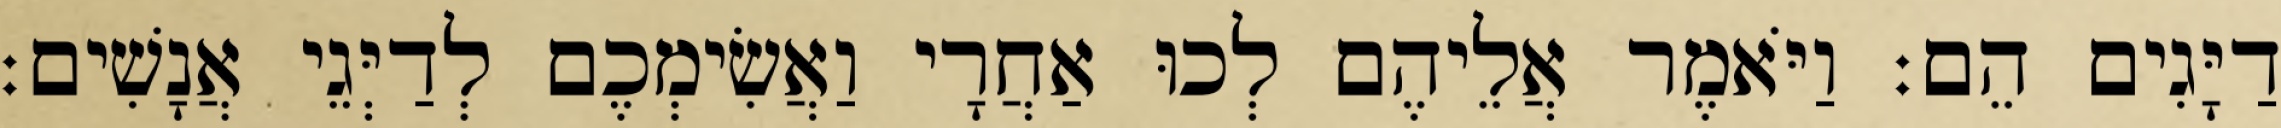
דַיָּגִים הֵם׃ וַיֹּאמֶר אֲלֵיהֶם לְכוּ אַחֲרָי וַאֲשִׂימְכֶם לְדַיְּגֵי אֲנָשִׁים׃